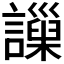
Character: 𧭄